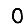
Digit: 0